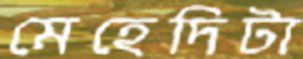
মেহেদিটা